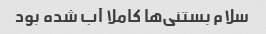
سلام بستنی‌ها کاملا آب شده بود